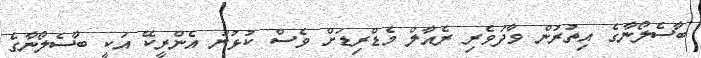
ބާސެލޯނާގެ އިތުރުން ވާދަވެރި ރެއާލް މެޑްރިޑަށް ވެސް ކުޅުނު އެންރީކޭ އަކީ ބާސެލޯނާގެ